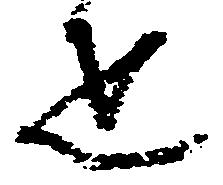
疋